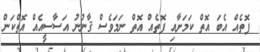
ފޮތެއް އެބަ އޮތް ކަމަށާއި ފޮތެއް އޮތް ނަމަވެސް ޤާނުނު އަސާސީއެއް އޮތްކަން